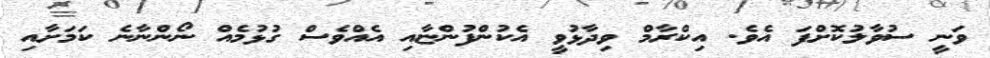
ވަނީ ސުވާލުކޮށްފަ އެވެ. އިކްރާމް ވިދާޅުވީ އެކުންފުންޏާއި އެއްވެސް ގުޅުމެއް ނޯންނާނެ ކަމަށާއި